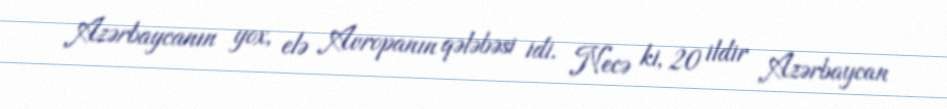
Azərbaycanın yox, elə Avropanın qələbəsi idi. Necə ki, 20 ildir Azərbaycan